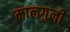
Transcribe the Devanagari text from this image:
मालगुनी